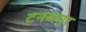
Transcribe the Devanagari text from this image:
टनकपूर